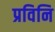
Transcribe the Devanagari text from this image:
प्रविनि